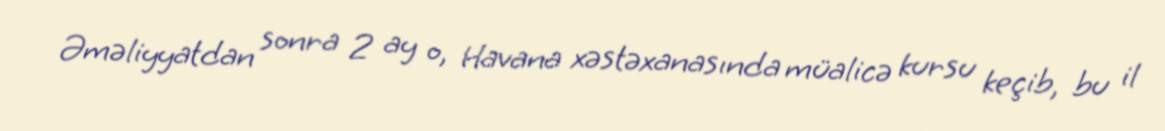
Əməliyyatdan sonra 2 ay o, Havana xəstəxanasında müalicə kursu keçib, bu il